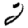
Digit: 2